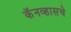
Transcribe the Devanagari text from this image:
कॅनव्हासचे